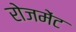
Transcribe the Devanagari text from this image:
रोजमेंट